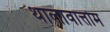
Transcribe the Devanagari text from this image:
थालावात्तोम